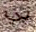
بي